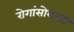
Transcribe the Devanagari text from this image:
रोगांसोबतही